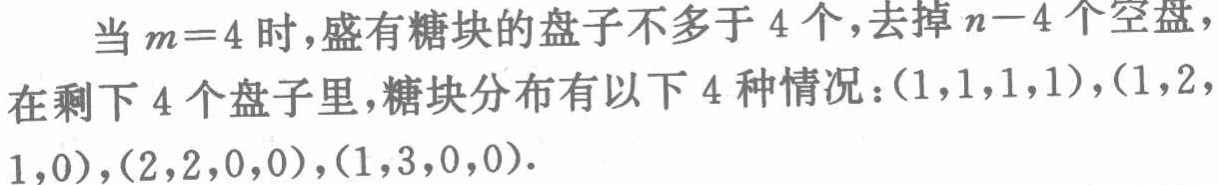
当\(m = 4\)时，盛有糖块的盘子不多于\(4\)个，去掉\(n - 4\)个空盘，在剩下\(4\)个盘子里，糖块分布有以下\(4\)种情况：\((1,1,1,1)\)，\((1,2,1,0)\)，\((2,2,0,0)\)，\((1,3,0,0)\)。